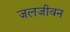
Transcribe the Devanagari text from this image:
जलजीवन